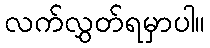
လက်လွှတ်ရမှာပါ။